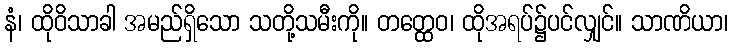
နံ၊ ထိုဝိသာခါ အမည်ရှိသော သတို့သမီးကို။ တတ္ထေဝ၊ ထိုအရပ်၌ပင်လျှင်။ သာဏိယာ၊